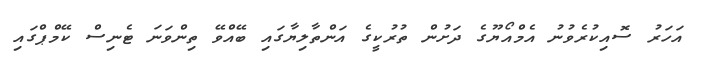
އަހަރު ސޮއިކުރެވުނު އެމްއޯޔޫގެ ދަށުން ތުރުކީގެ އަންތާލިޔާގައި ބޭއްވޭ ތިންވަނަ ޓެނިސް ކޭމްޕްގައި